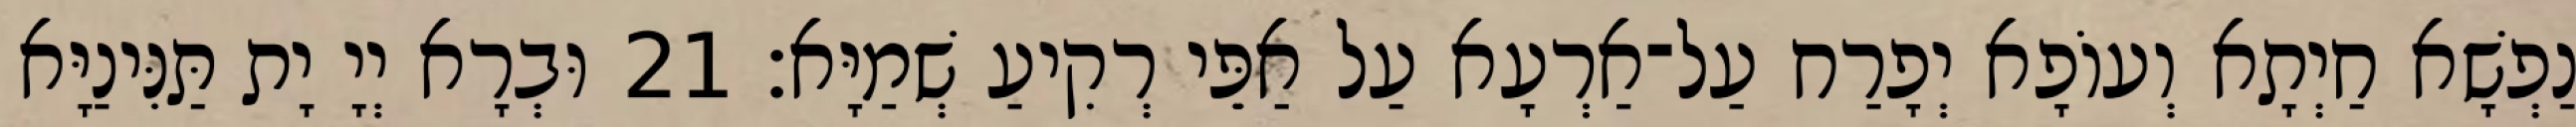
נַפְשָׁא חַיְתָא וְעוֹפָא יְפָרַח עַל־אַרְעָא עַל אַפֵּי רְקִיעַ שְׁמַיָּא׃ 21 וּבְרָא יְיָ יָת תַּנִּינַיָּא